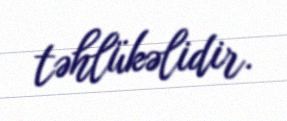
təhlükəlidir.